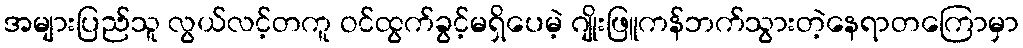
အများပြည်သူ လွယ်လင့်တကူ ဝင်ထွက်ခွင့်မရှိပေမဲ့ ဂျိုးဖြူကန်ဘက်သွားတဲ့နေရာတကြောမှာ